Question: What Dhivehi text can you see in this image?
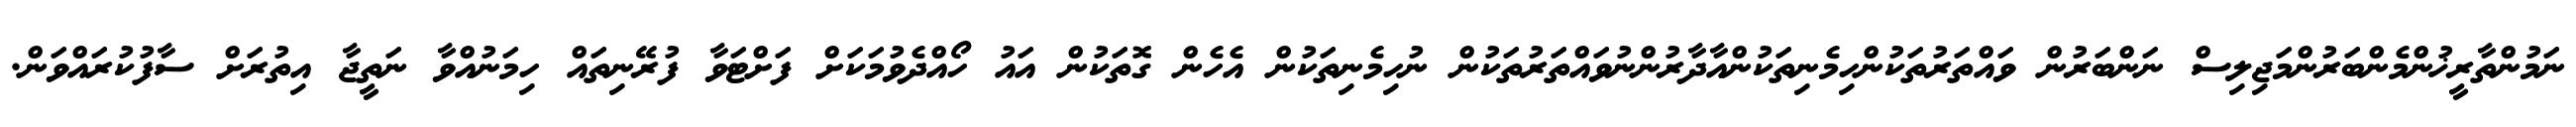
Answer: ނަމުންތާރީޚުންމެންބަރުންމަޖިލިސް ނަންބަރުން ވައްތަރުތަކުންހިމެނިތަކުންއާދާރުންނުވައްތަރުތަކުން ނުހިމެނިތަކުން އެހެން ގޮތަކުން އައު ހޯއްދެވުމަކަށް ފަށްޓަވާ ފުރޭނިތައް ހިމަނުއްވާ ނަތީޖާ އިތުރަށް ސާފުކުރައްވަން.